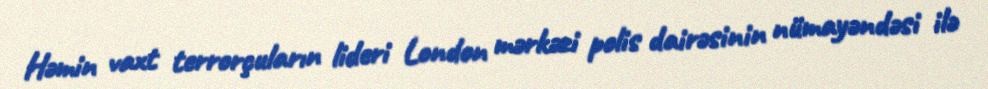
Həmin vaxt terrorçuların lideri London mərkəzi polis dairəsinin nümayəndəsi ilə